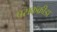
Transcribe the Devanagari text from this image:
पसकक्रीडा